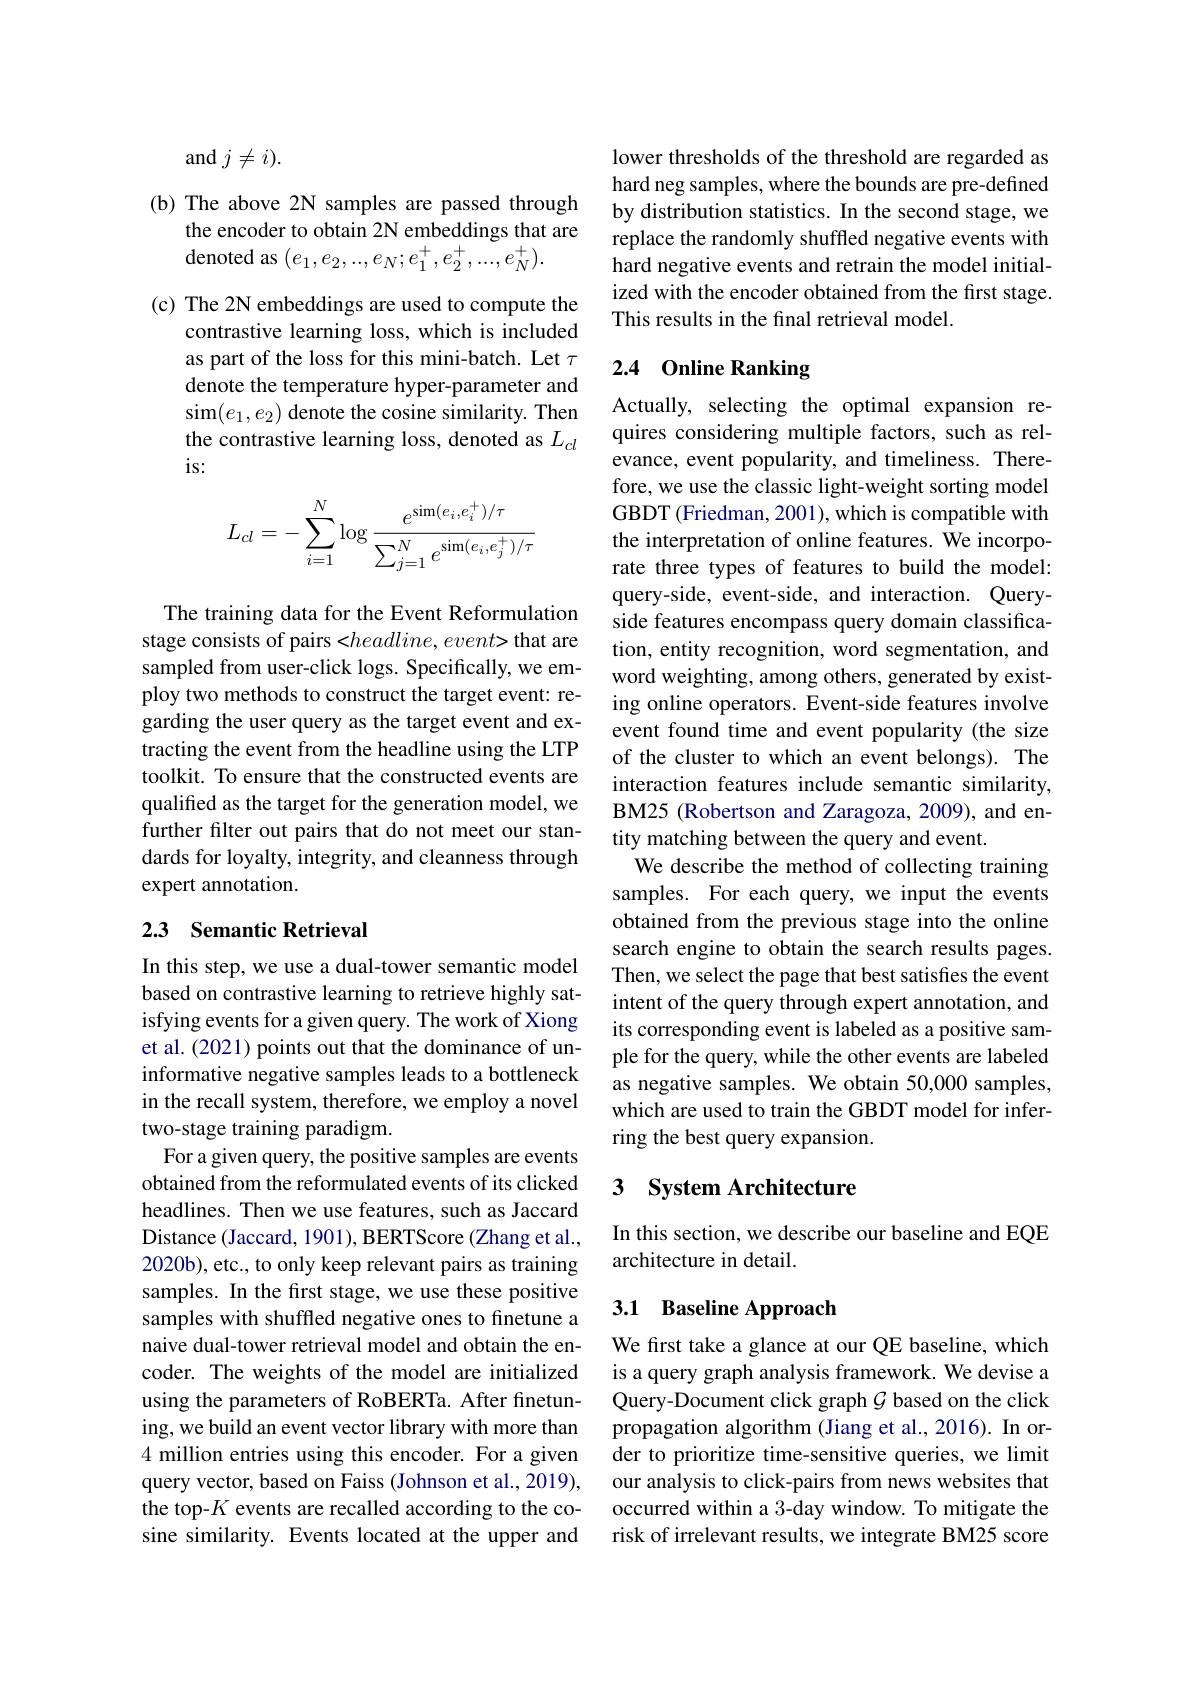
and $j\neq i).$

(b) The above 2N samples are passed through
the encoder to obtain 2N embeddings that are
denoted as $(e_1,e_2,...,e_N;e_1^+,e_2^+,...,e_N^+).$

(c) The 2N embeddings are used to compute the
contrastive learning loss, which is included as part of the loss for this mini-batch. Let $\tau$ denote the temperature hyper-parameter and sim$(e_1,e_2)$ denote the cosine similarity. Then the contrastive learning loss, denoted as $L_{cl}$ is:
$$\begin{aligned}L_{cl}&=-\sum_{i=1}^N\log\frac{e^{\sin(e_i,e_i^+)/\tau}}{\sum_{j=1}^Ne^{\sin(e_i,e_j^+)/\tau}}\end{aligned}$$
The training data for the Event Reformulation stage consists of pairs <headline, event> that are sampled from user-click logs. Specifically, we employ two methods to construct the target event: regarding the user query as the target event and extracting the event from the headline using the LTP toolkit. To ensure that the constructed events are qualified as the target for the generation model, we further filter out pairs that do not meet our standards for loyalty, integrity, and cleanness through expert annotation.

### 2.3 Semantic Retrieval

In this step, we use a dual-tower semantic model based on contrastive learning to retrieve highly satisfying events for a given query. The work of Xiong et al. (2021) points out that the dominance of uninformative negative samples leads to a bottleneck in the recall system, therefore, we employ a novel two-stage training paradigm.
For a given query, the positive samples are events obtained from the reformulated events of its clicked headlines. Then we use features, such as Jaccard Distance (Jaccard, 1901), BERTScore (Zhang et al., 2020b), etc., to only keep relevant pairs as training samples. In the first stage, we use these positive samples with shuffled negative ones to finetune a naive dual-tower retrieval model and obtain the encoder. The weights of the model are initialized using the parameters of RoBERTa. After finetuning, we build an event vector library with more than 4 million entries using this encoder. For a given query vector, based on Faiss (Johnson et al., 2019), the top-$K$ events are recalled according to the cosine similarity. Events located at the upper and

lower thresholds of the threshold are regarded as hard neg samples, where the bounds are pre-defined by distribution statistics. In the second stage, we replace the randomly shuffled negative events with hard negative events and retrain the model initialized with the encoder obtained from the first stage. This results in the final retrieval model.

### 2.4 0nline Ranking

Actually, selecting the optimal expansion requires considering multiple factors, such as relevance, event popularity, and timeliness. Therefore, we use the classic light-weight sorting model GBDT (Friedman, 2001), which is compatible with the interpretation of online features. We incorporate three types of features to build the model: query-side, event-side, and interaction. Queryside features encompass query domain classification, entity recognition, word segmentation, and word weighting, among others, generated by existing online operators. Event-side features involve event found time and event popularity (the size of the cluster to which an event belongs). The interaction features include semantic similarity, BM25 (Robertson and Zaragoza, 2009), and entity matching between the query and event.
We describe the method of collecting training samples. For each query, we input the events obtained from the previous stage into the online search engine to obtain the search results pages. Then, we select the page that best satisfies the event intent of the query through expert annotation, and its corresponding event is labeled as a positive sample for the query, while the other events are labeled as negative samples. We obtain 50,000 samples, which are used to train the GBDT model for inferring the best query expansion.

## 3 $\textbf{System Architecture}$

In this section, we describe our baseline and EQE
architecture in detail.

## 3.1 Baseline Approach

We first take a glance at our QE baseline, which is a query graph analysis framework. We devise a Query-Document click graph $\mathcal{G}$ based on the click propagation algorithm (Jiang et al.,2016). In order to prioritize time-sensitive queries, we limit our analysis to click-pairs from news websites that occurred within a 3-day window. To mitigate the risk of irrelevant results, we integrate BM25 score